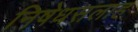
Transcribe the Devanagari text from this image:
निषेधसलाह